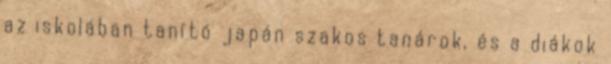
az iskolában tanító japán szakos tanárok, és a diákok